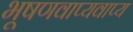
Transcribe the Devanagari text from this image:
भूषणवाप्यवाप्य